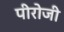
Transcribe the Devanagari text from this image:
पीरोजी